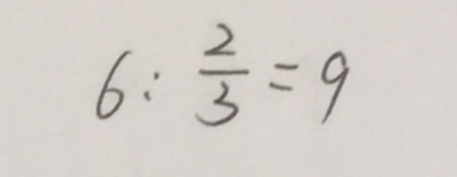
6 : \frac { 2 } { 3 } = 9